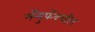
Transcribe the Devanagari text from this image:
मॅन्युफॅक्‍चरिंग